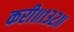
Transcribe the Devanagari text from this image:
करी॥१३२॥